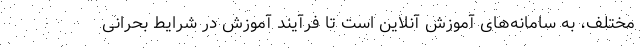
مختلف، به سامانه‌های آموزش آنلاین است تا فرآیند آموزش در شرایط بحرانی